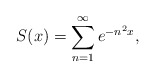
\begin{align*}S(x)=\sum_{n=1}^{\infty }e^{-n^{2}x}, \end{align*}